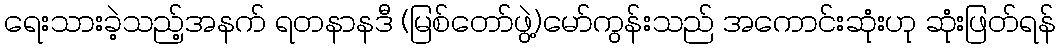
ရေးသားခဲ့သည့်အနက် ရတနာနဒီ (မြစ်တော်ဖွဲ့)မော်ကွန်းသည် အကောင်းဆုံးဟု ဆုံးဖြတ်ရန်